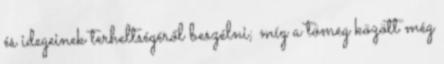
és idegeinek terheltségéről beszélni; míg a tömeg között még